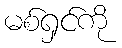
မစ်ရှင်ကို